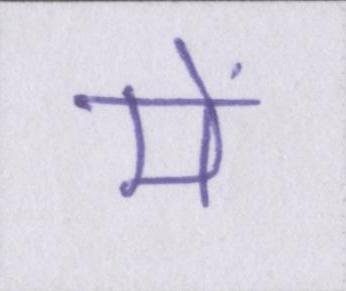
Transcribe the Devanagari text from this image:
में